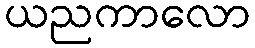
ယညကာလော